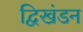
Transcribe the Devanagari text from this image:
द्विखंडन